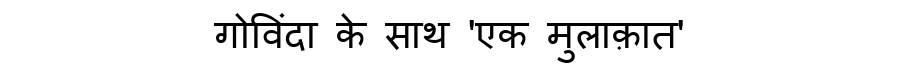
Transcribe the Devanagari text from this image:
गोविंदा के साथ 'एक मुलाक़ात'